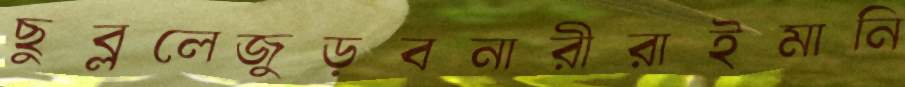
ছুব্‌ললেজুড়বনারীরাইমানি